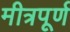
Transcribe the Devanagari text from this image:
मीत्रपूर्ण